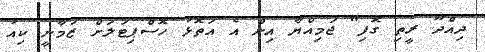
ދިއްދޫ ރީތި ގޮފި" ޖަމިއްޔާ އިން އެ އަތޮޅު ހޮސްޕިޓަލަށް ޒަމާނީ ކިއު